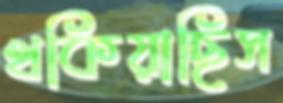
থকিয়াছিস